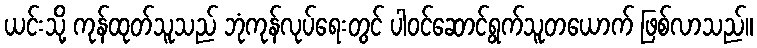
ယင်းသို့ ကုန်ထုတ်သူသည် ဘုံကုန်လုပ်ရေးတွင် ပါဝင်ဆောင်ရွက်သူတယောက် ဖြစ်လာသည်။